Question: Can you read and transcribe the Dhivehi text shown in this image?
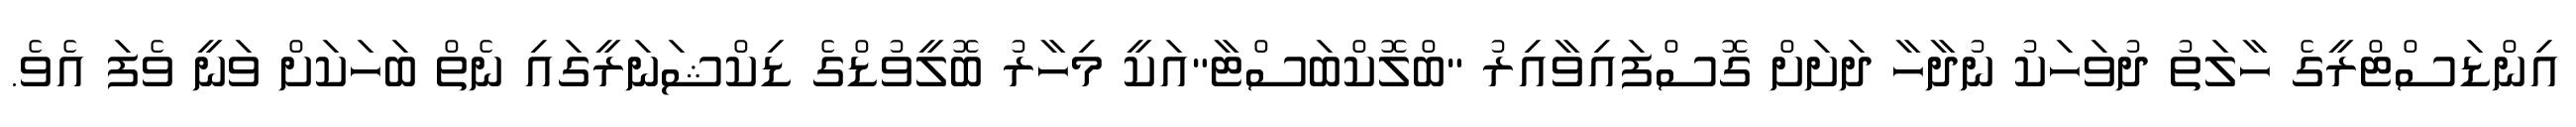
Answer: އިންޑަސްޓްރީގެ ހާލަތު ދުވަހަކު ނުދާހާ ދަށަށް ގޮސްފައިވާއިރު "ބްލޮކްބަސްޓާ"އަކީ މިހާރު ބޮލީވުޑްގެ ޑިކްޝަނަރީގައި ނެތް ބަހަކަށް ވަނީ ވެފަ އެވެ.